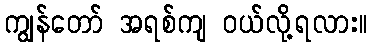
ကျွန်တော် အရစ်ကျ ဝယ်လို့ရလား။